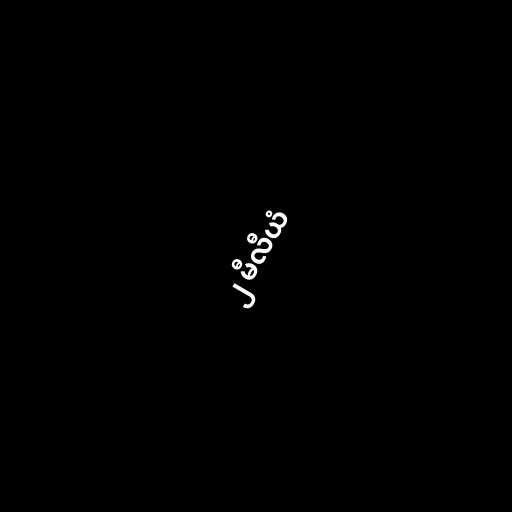
၂ မီလီယံ